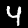
Label: 4